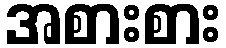
အစားစား